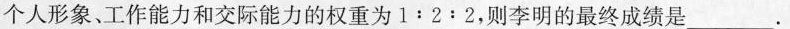
个人形象、工作能力和交际能力的权重为1:2:2，则李明的最终成绩是___.